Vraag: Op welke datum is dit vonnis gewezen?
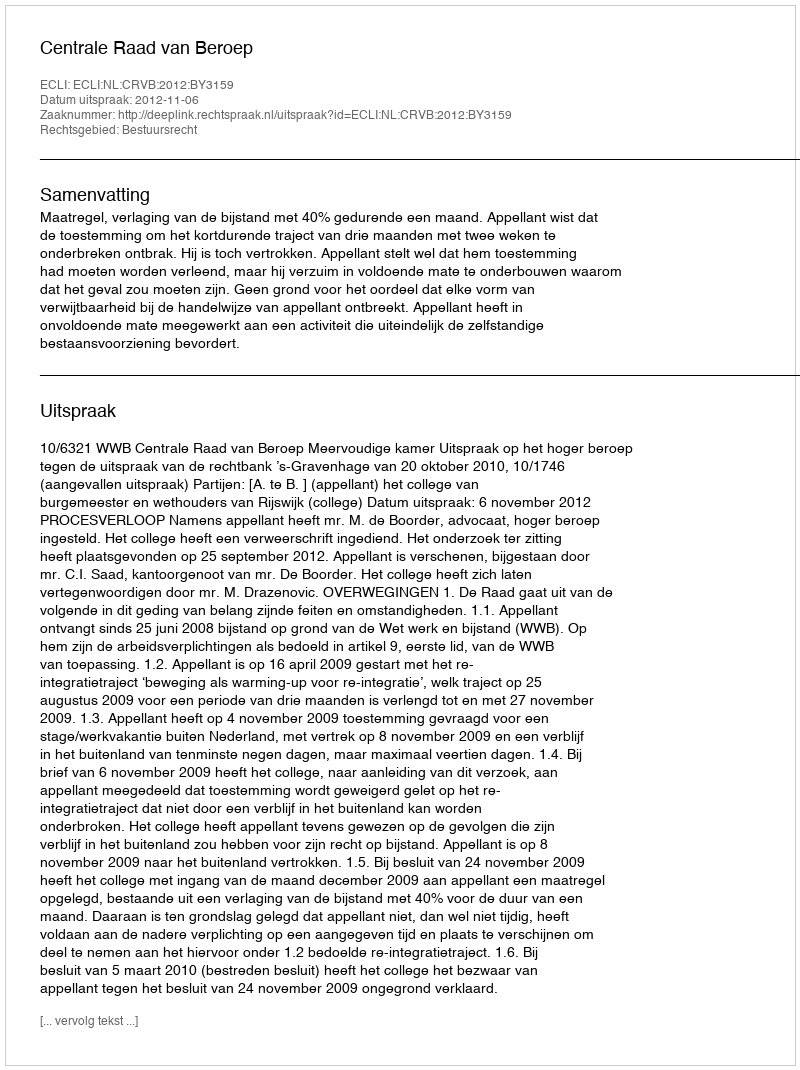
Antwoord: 2012-11-06